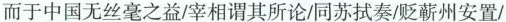
而于中国无丝毫之益/宰相谓其所论同苏拭奏/贬蕲州安置/